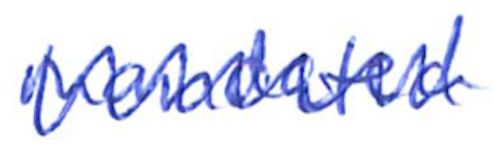
Text: mandated
Cross-out: zig-zag
Writing tool: ballpoint